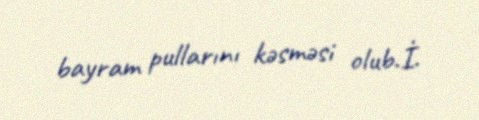
bayram pullarını kəsməsi olub.İ.